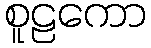
စူဠကော